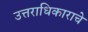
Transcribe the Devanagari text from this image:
उत्तराधिकाराचे